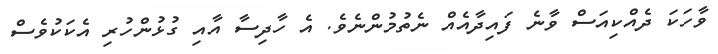
ވާހަކަ ދެއްކިއަސް ވާނެ ފައިދާއެއް ނެތުމުންނެވެ. އެ ހާދިސާ އާއި ގުޅުންހުރި އެކަކުވެސް